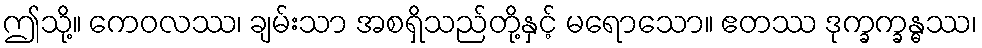
ဤသို့။ ကေဝလဿ၊ ချမ်းသာ အစရှိသည်တို့နှင့် မရောသော။ ဧတဿ ဒုက္ခက္ခန္ဓဿ၊